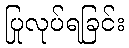
ပြုလုပ်ရခြင်း